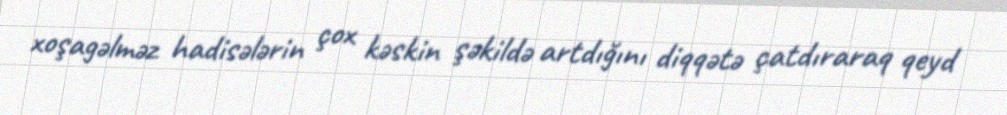
xoşagəlməz hadisələrin çox kəskin şəkildə artdığını diqqətə çatdıraraq qeyd